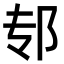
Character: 𫑘